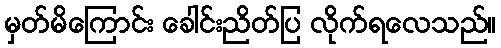
မှတ်မိကြောင်း ခေါင်းညိတ်ပြ လိုက်ရလေသည်။